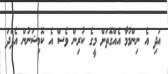
އަދި އެ ނިންމުމާ އެއްގޮތަށް މީގެ ކުރިން ވެސް އެ ކޮމިޝަނުން އެފަދަ